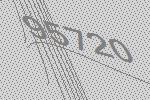
95720